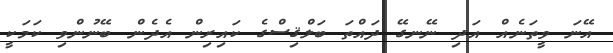
އޭނަ ވީތަނެއް އަދި ނޭނގޭ ދައްތަ ބަލްޤިސްގެ ކައިރިން އެދެން ބޭނުންވި ކަމަކީ